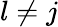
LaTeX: l\neq j